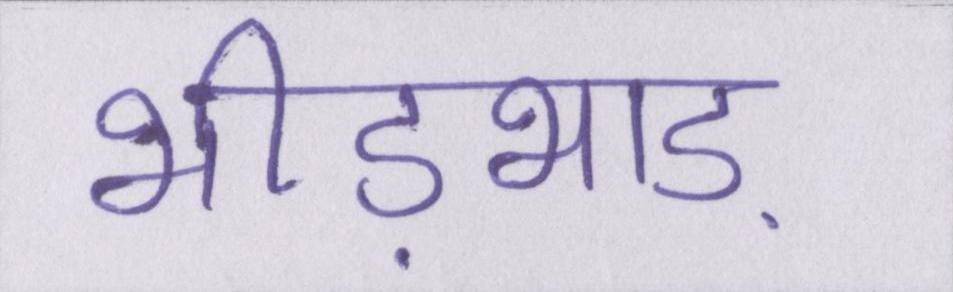
भीड़भाड़